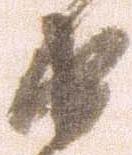
由